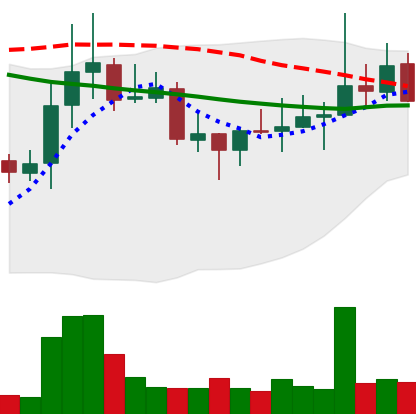
Ticker: DOGE-USD
Chart end date: 2021-10-21
Forward return: 5.504%
Label: up_5_7